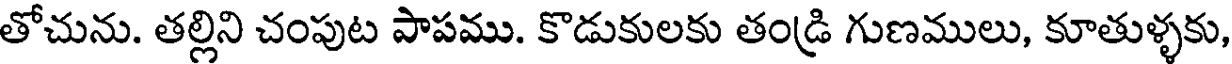
తోచును. తల్లిని చంపుట పాపము. కొడుకులకు తండ్రి గుణములు, కూతుళ్ళకు,